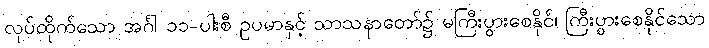
လုပ်ထိုက်သော အင်္ဂါ ၁၁-ပါးစီ ဥပမာနှင့် သာသနာတော်၌ မကြီးပွားစေနိုင်၊ ကြီးပွားစေနိုင်သော